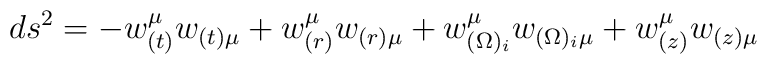
ds^2 = - w_{(t)}^{\mu} w_{(t) \mu} + w_{(r)}^{\mu} w_{(r) \mu} +w_{(\Omega)_i}^{\mu} w_{(\Omega)_i \mu} + w_{(z)}^{\mu} w_{(z) \mu}